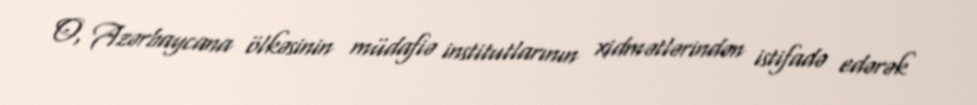
O, Azərbaycana ölkəsinin müdafiə institutlarının xidmətlərindən istifadə edərək